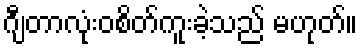
ဂျီတာလုံးဝစိတ်ကူးခဲ့သည် မဟုတ်။